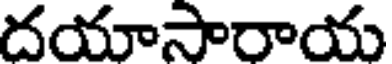
దయాసారాయ